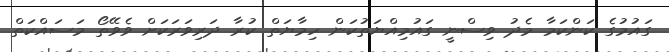
ގައުމުގެ ކަންކަމާ މެދު ވިސްނީ ގައުމިއްޔަތުކަން ހިމާޔަތް ކުރާ ދަރިވަރަކަށް ވެވޭތޯ މަސައްކަތް